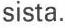
sista.